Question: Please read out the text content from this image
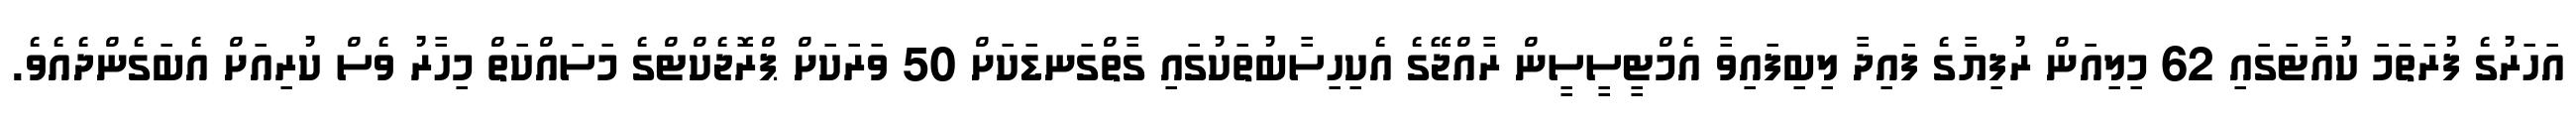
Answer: އަހަރުގެ ފުރަތަމަ ކުއާޓަގައި 62 މިލިއަން ރުފިޔާގެ ފައިދާ ލިބިފައިވާ އެމްޓީސީސީން ރާއްޖޭގެ އެކިހިސާބުތަކުގައި ގާތްގަނޑަކަށް 50 ވަރަކަށް ޕްރޮޖެކްޓްގެ މަސައްކަތް މިހާރު ވެސް ކުރިއަށް އެބަގެންދެއެވެ.